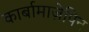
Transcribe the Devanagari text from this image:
कार्बामाज़ेपिन